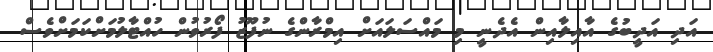
އަދި އަދީބުގެ އާއިލާއިން އެދެނީ މި މައްސަލައަށް އިމްރާންގެ ނުފޫޒު ފޯރުވުން ހުއްޓާލުމަށްކަމަށްވެސް